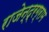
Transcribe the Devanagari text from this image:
राजेन्द्रग्राम